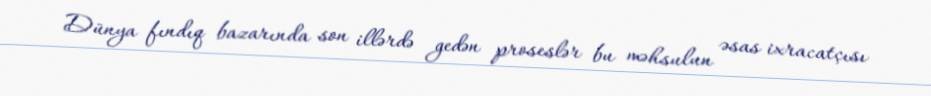
Dünya fındıq bazarında son illərdə gedən proseslər bu məhsulun əsas ixracatçısı